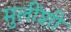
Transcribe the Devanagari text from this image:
मुलींशी